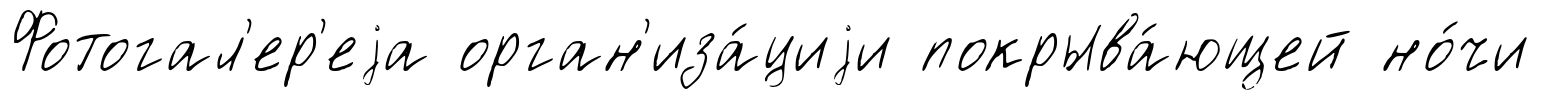
Фотогал'ер'еjа орган'иза́циjи покрыва́ющей но́чи